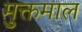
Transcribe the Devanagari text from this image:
मुक्तमाल